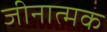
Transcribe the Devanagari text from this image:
जीनात्मक